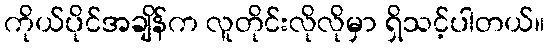
ကိုယ်ပိုင်အချိန်က လူတိုင်းလိုလိုမှာ ရှိသင့်ပါတယ်။